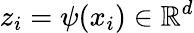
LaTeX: z_{i}=\psi(x_{i})\in\mathbb{R}^{d}